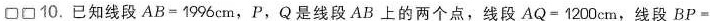
\Box \Box 10.已知线段$$A B = 1 9 9 6 c m$$，P，Q是线段AB上的两个点，线段$$A Q = 1 2 0 0 c m$$，线段$$B P =